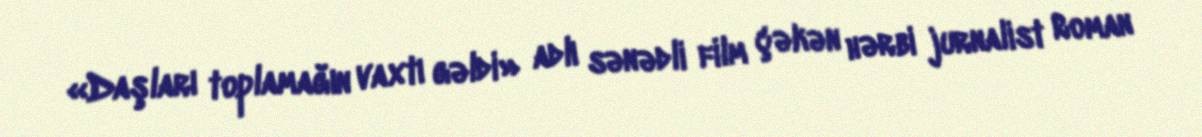
«Daşları toplamağın vaxtı gəldi» adlı sənədli film çəkən hərbi jurnalist Roman